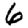
Digit: 6